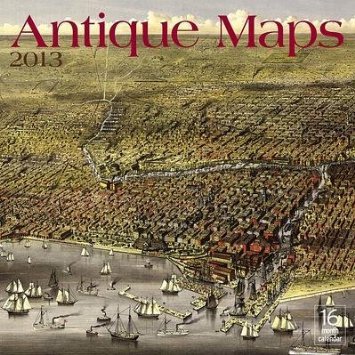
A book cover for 2013 Antique Maps; Moseley Road Inc.; Calendars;